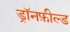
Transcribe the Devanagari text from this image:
ड्रॉनफ़ील्ड